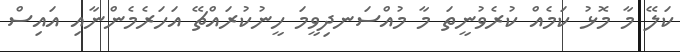
ކަލޭ މާ މޮޅު ކަމެއް ކުރެވުނީތަ މާ މުއްސަނދިވީމަ ހީނުކުރައްޗޭ އަހަރެމެންނާއި އައިސް